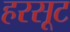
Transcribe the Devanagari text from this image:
हरसूट